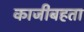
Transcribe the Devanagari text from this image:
काजीबहता